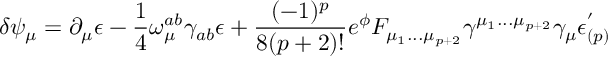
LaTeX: \delta \psi _ { \mu } = \partial _ { \mu } \epsilon - { \frac { 1 } { 4 } } \omega _ { \mu } ^ { a b } \gamma _ { a b } \epsilon + { \frac { ( - 1 ) ^ { p } } { 8 ( p + 2 ) ! } } e ^ { \phi } F _ { \mu _ { 1 } . . . \mu _ { p + 2 } } \gamma ^ { \mu _ { 1 } . . . \mu _ { p + 2 } } \gamma _ { \mu } \epsilon _ { ( p ) } ^ { ' }